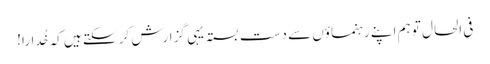
فی الحال تو ہم اپنے رَہنماؤں سے دست بستہ یہی گزارش کر سکتے ہیں کہ خُدارا!